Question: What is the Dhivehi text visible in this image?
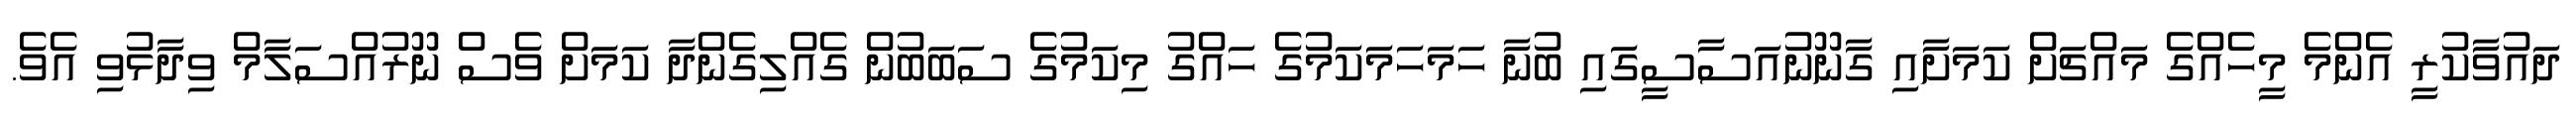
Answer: ދައުވާކުރީ އެންމެ މީހެއްގެ މައްޗަށް ކަމަށާއި ގާނޫނުއަސާސީގައި ބުނާ ހަމަހަމަކަމުގެ ހައްގު މިކަމުގެ ސަބަބުން ގެއްލިގެންދާ ކަމަށް ވެސް ނޫރުއްސަލާމް ވިދާޅުވި އެވެ.